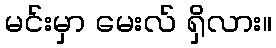
မင်းမှာ မေးလ် ရှိလား။